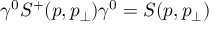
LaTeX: \gamma ^ { 0 } S ^ { + } ( p , p _ { \perp } ) \gamma ^ { 0 } = S ( p , p _ { \perp } )